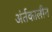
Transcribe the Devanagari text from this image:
अंर्तकालीन